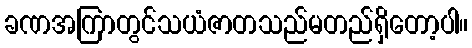
ခဏအကြာတွင်သယံဇာတသည်မတည်ရှိတော့ပါ။